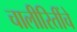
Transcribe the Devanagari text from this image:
चालीरितींचे